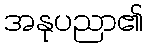
အနုပညာ၏